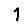
Digit: 1